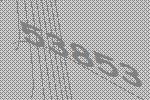
53853